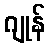
ဂျုန်